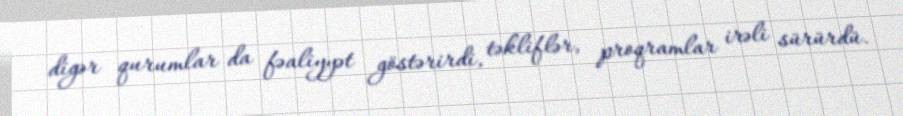
digər qurumlar da fəaliyyət göstərirdi, təkliflər, proqramlar irəli sürürdü.